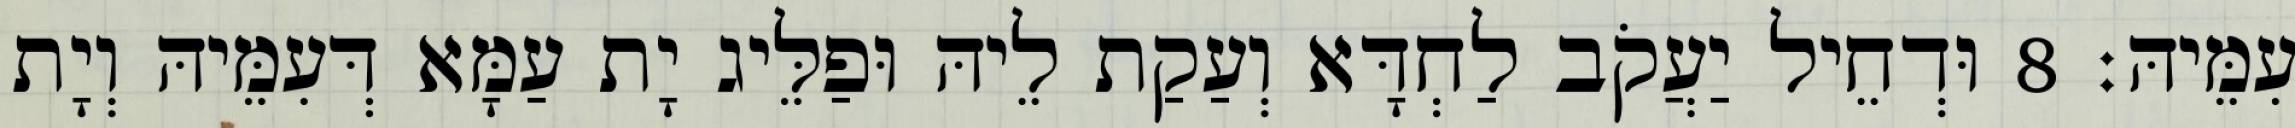
עִמֵּיהּ׃ 8 וּדְחֵיל יַעֲקֹב לַחְדָּא וְעַקַת לֵיהּ וּפַלֵּיג יָת עַמָּא דְּעִמֵּיהּ וְיָת